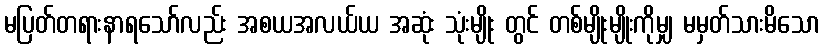
မပြတ်တရားနာရသော်လည်း အစယအလယ်ယ အဆုံး သုံးမျိုး တွင် တစ်မျိုးမျိုးကိုမျှ မမှတ်သားမိသော